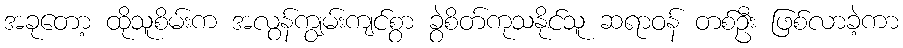
အခုတော့ ထိုသူစိမ်းက အလွန်ကျွမ်းကျင်စွာ ခွဲစိတ်ကုသနိုင်သူ ဆရာဝန် တစ်ဦး ဖြစ်လာခဲ့ကာ